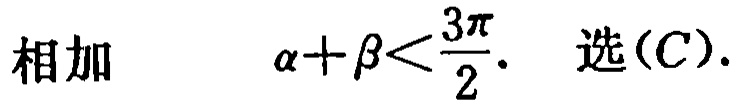
相加 \(\alpha +\beta<\frac{3\pi}{2}\). 选(C).